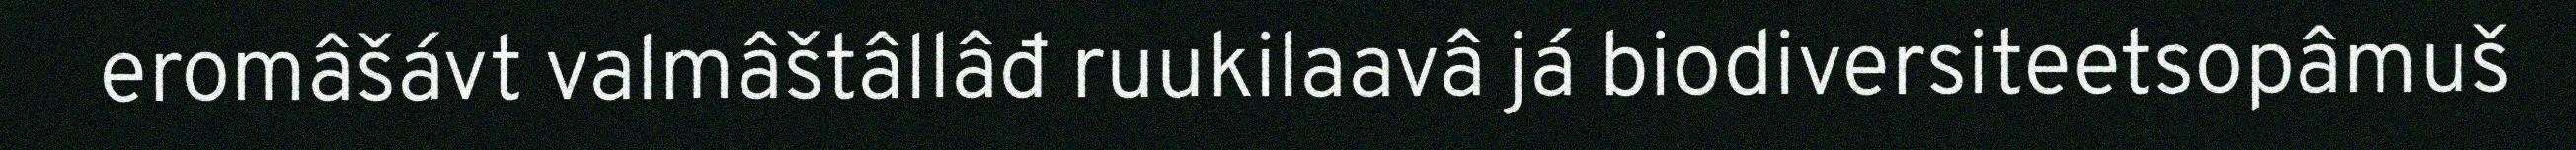
eromâšávt valmâštâllâđ ruukilaavâ já biodiversiteetsopâmuš